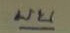
บน